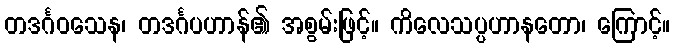
တဒင်္ဂဝသေန၊ တဒင်္ဂပဟာန်၏ အစွမ်းဖြင့်။ ကိလေသပ္ပဟာနတော၊ ကြောင့်။